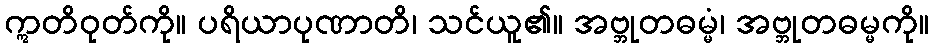
ဣတိဝုတ်ကို။ ပရိယာပုဏာတိ၊ သင်ယူ၏။ အဗ္ဘုတဓမ္မံ၊ အဗ္ဘုတဓမ္မကို။